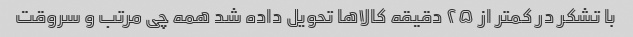
با تشکر در کمتر از ۲۵ دقیقه کالاها تحویل داده شد همه چی مرتب و سروقت